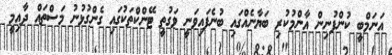
އަނަމްބީ ކުންފުނިން އާންމުކުރި ބަޔާނެއްގައި ބުނެފައިވަނީ ވަގުތީ ޓޭންކްތަކުގައި ގެންގުޅުނު މަސްތައް ދާއިމީ